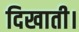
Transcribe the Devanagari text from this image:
दिखाती।